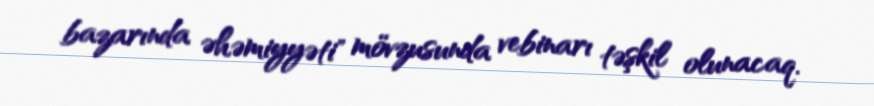
bazarında əhəmiyyəti" mövzusunda vebinarı təşkil olunacaq.